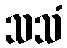
သသံ